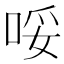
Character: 哸